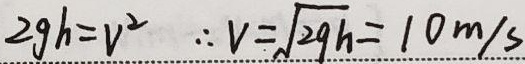
由\(2gh = v^{2}\)，\(\therefore v=\sqrt{2gh}=10m/s\)